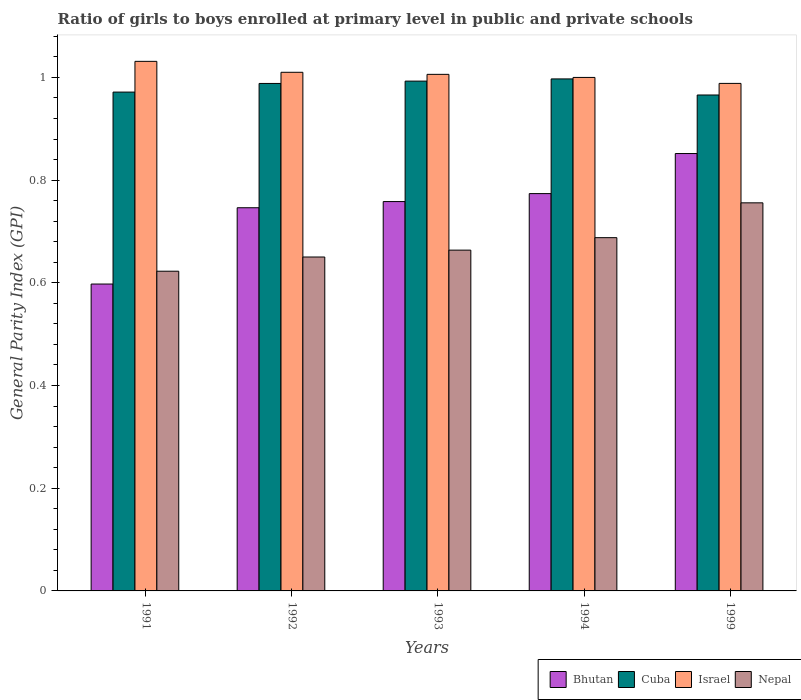
| Years | Bhutan | Cuba | Israel | Nepal |
 | --- | --- | --- | --- | --- |
 | 1991 | 0.598 | 0.971 | 1.03 | 0.623 |
 | 1992 | 0.746 | 0.988 | 1.01 | 0.65 |
 | 1993 | 0.758 | 0.993 | 1.01 | 0.664 |
 | 1994 | 0.774 | 0.997 | 1 | 0.688 |
 | 1999 | 0.852 | 0.966 | 0.988 | 0.756 |